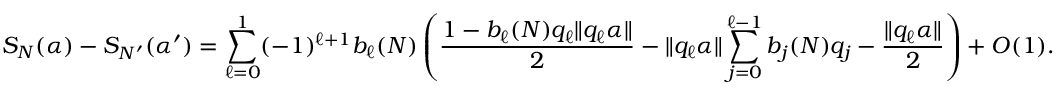
S _ { N } ( \alpha ) - S _ { N ^ { \prime } } ( \alpha ^ { \prime } ) = \sum _ { \ell = 0 } ^ { 1 } ( - 1 ) ^ { \ell + 1 } b _ { \ell } ( N ) \left( \frac { 1 - b _ { \ell } ( N ) q _ { \ell } \| q _ { \ell } \alpha \| } { 2 } - \| q _ { \ell } \alpha \| \sum _ { j = 0 } ^ { \ell - 1 } b _ { j } ( N ) q _ { j } - \frac { \| q _ { \ell } \alpha \| } { 2 } \right) + O ( 1 ) .